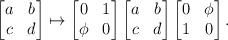
LaTeX: \begin{align*}\begin{bmatrix}a & b \\ c & d\end{bmatrix}\mapsto\begin{bmatrix}0 & 1 \\ \phi & 0\end{bmatrix}\begin{bmatrix}a & b \\ c & d\end{bmatrix}\begin{bmatrix}0 & \phi \\ 1 & 0\end{bmatrix}.\end{align*}